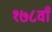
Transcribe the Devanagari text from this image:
१७८वाँ